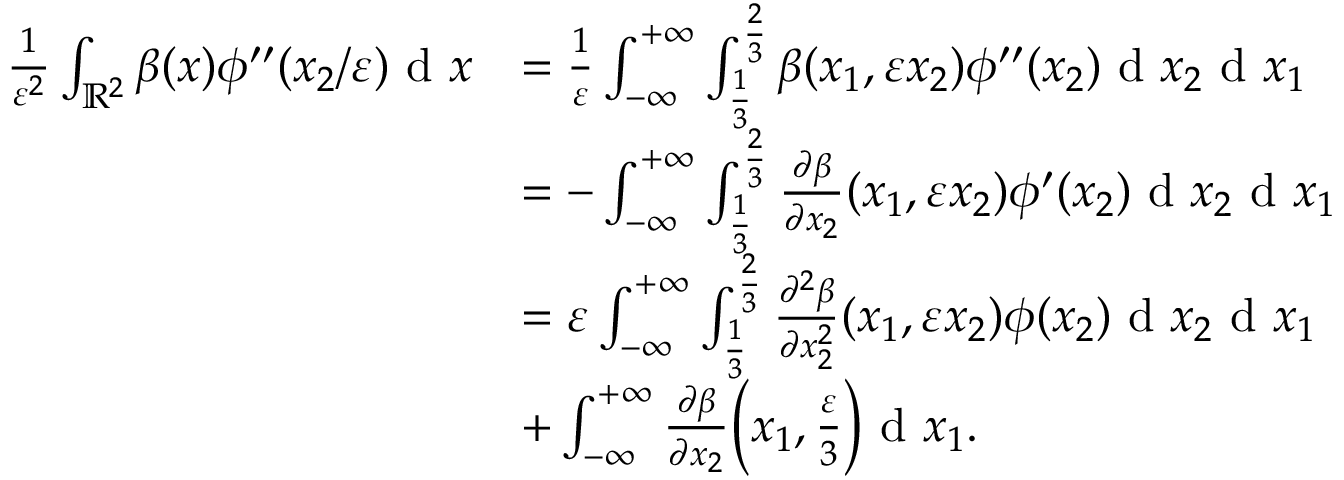
\begin{array} { r l } { \frac { 1 } { \varepsilon ^ { 2 } } \int _ { \mathbb { R } ^ { 2 } } \beta ( x ) \phi ^ { \prime \prime } ( x _ { 2 } / \varepsilon ) \textrm { d } x } & { = \frac { 1 } { \varepsilon } \int _ { - \infty } ^ { + \infty } \int _ { \frac { 1 } { 3 } } ^ { \frac { 2 } { 3 } } \beta ( x _ { 1 } , \varepsilon x _ { 2 } ) \phi ^ { \prime \prime } ( x _ { 2 } ) \textrm { d } x _ { 2 } \textrm { d } x _ { 1 } } \\ & { = - \int _ { - \infty } ^ { + \infty } \int _ { \frac { 1 } { 3 } } ^ { \frac { 2 } { 3 } } \frac { \partial \beta } { \partial x _ { 2 } } ( x _ { 1 } , \varepsilon x _ { 2 } ) \phi ^ { \prime } ( x _ { 2 } ) \textrm { d } x _ { 2 } \textrm { d } x _ { 1 } } \\ & { = \varepsilon \int _ { - \infty } ^ { + \infty } \int _ { \frac { 1 } { 3 } } ^ { \frac { 2 } { 3 } } \frac { \partial ^ { 2 } \beta } { \partial x _ { 2 } ^ { 2 } } ( x _ { 1 } , \varepsilon x _ { 2 } ) \phi ( x _ { 2 } ) \textrm { d } x _ { 2 } \textrm { d } x _ { 1 } } \\ & { + \int _ { - \infty } ^ { + \infty } \frac { \partial \beta } { \partial x _ { 2 } } \Big ( x _ { 1 } , \frac { \varepsilon } { 3 } \Big ) \textrm { d } x _ { 1 } . } \end{array}